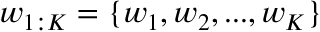
w _ { 1 : K } = \{ w _ { 1 } , w _ { 2 } , . . . , w _ { K } \}